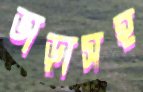
ভাড়াসহ